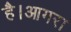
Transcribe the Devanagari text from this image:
है।आगरा